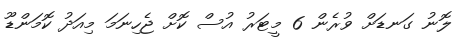
ލޮނު ގަނޑަށް ވުރެން 6 މީޓަރު އުސް ކޮށް ޖެހިނަމަ މިއަދު ކޮމަންޑޫ